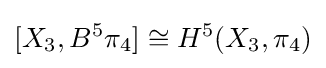
[X_{3},B^{5}\pi _{4}]\cong H^{5}(X_{3},\pi _{4})